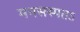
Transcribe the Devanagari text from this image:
मनसस्पतऽ